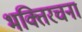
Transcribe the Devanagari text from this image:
भक्तिरचना